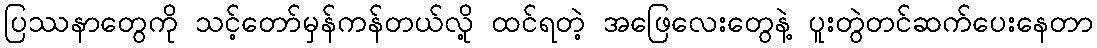
ပြဿနာတွေကို သင့်တော်မှန်ကန်တယ်လို့ ထင်ရတဲ့ အဖြေလေးတွေနဲ့ ပူးတွဲတင်ဆက်ပေးနေတာ